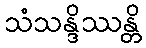
သံသန္ဒိဿန္တိ